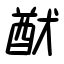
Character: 猷